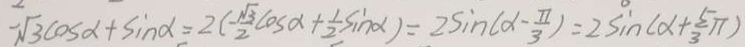
- \sqrt { 3 } \cos \alpha + \sin \alpha = 2 ( - \frac { \sqrt { 3 } } { 2 } \cos \alpha + \frac { 1 } { 2 } \sin \alpha ) = 2 \sin ( \alpha - \frac { \pi } { 3 } ) = 2 \sin ( \alpha + \frac { 5 } { 3 } \pi )